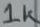
Text: 1K